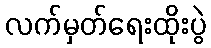
လက်မှတ်ရေးထိုးပွဲ